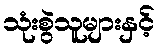
သုံးစွဲသူများနှင့်